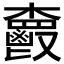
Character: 𩰦